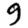
Digit: 9